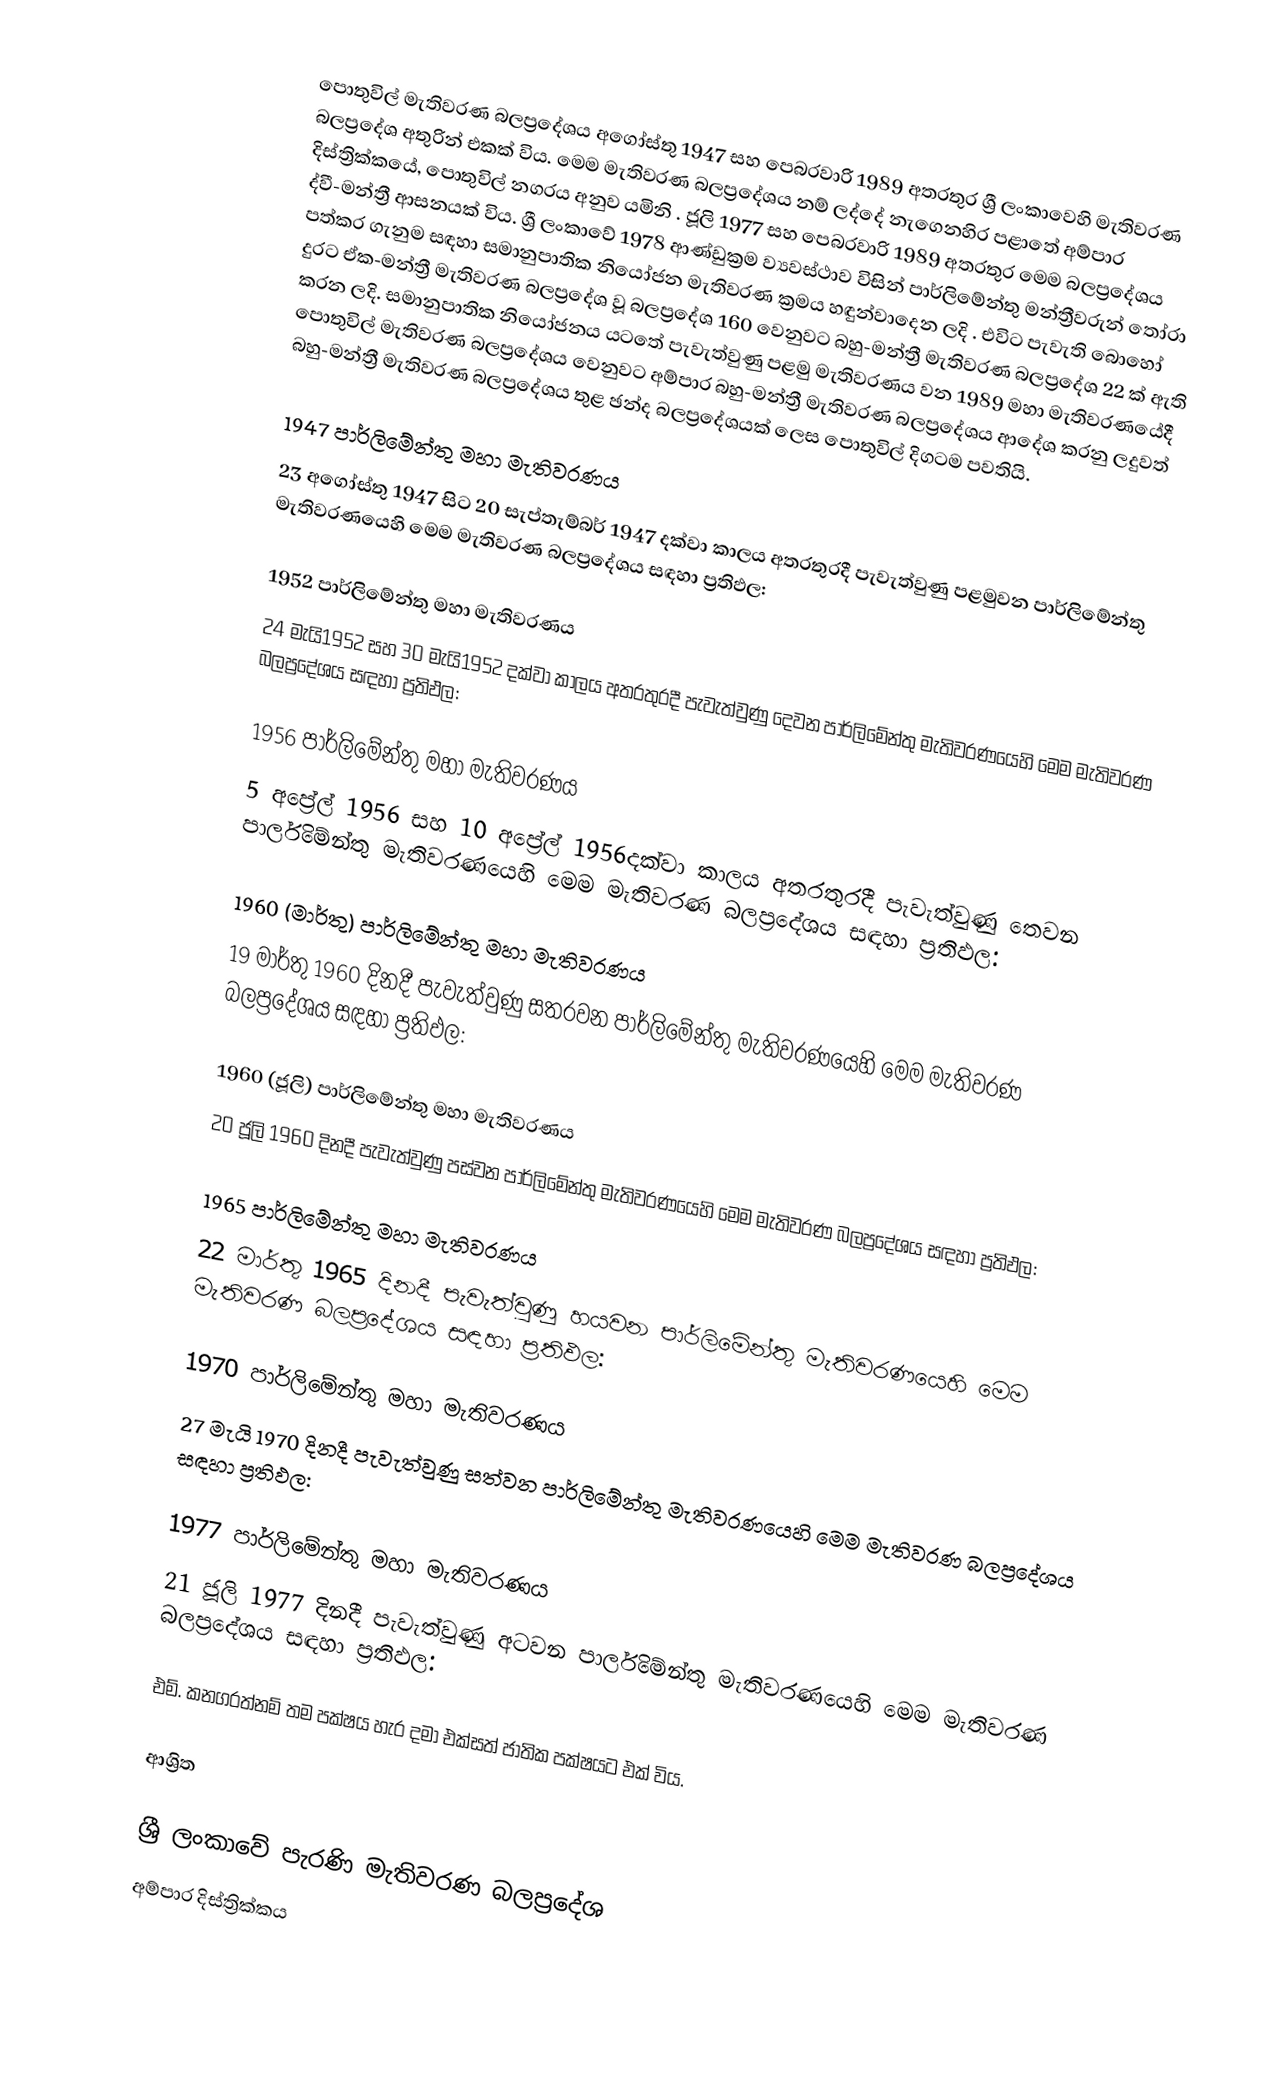
පොතුවිල් මැතිවරණ බලප්‍රදේශය  අගෝස්තු 1947 සහ පෙබරවාරි 1989 අතරතුර  ශ්‍රී ලංකාවෙහි  මැතිවරණ බලප්‍රදේශ අතුරින් එකක් විය. මෙම මැතිවරණ බලප්‍රදේශය නම් ලද්දේ  නැගෙනහිර පළාතේ  අම්පාර දිස්ත්‍රික්කයේ,  පොතුවිල් නගරය අනුව යමිනි . ජූලි 1977 සහ පෙබරවාරි 1989 අතරතුර මෙම බලප්‍රදේශය ද්වී-මන්ත්‍රී ආසනයක් විය. ශ්‍රී ලංකාවේ 1978 ආණ්ඩුක්‍රම ව්‍යවස්ථාව විසින්   පාර්ලිමේන්තු මන්ත්‍රීවරුන් තෝරා පත්කර ගැනුම සඳහා සමානුපාතික නියෝජන මැතිවරණ ක්‍රමය හඳුන්වාදෙන ලදි . එවිට පැවැති බොහෝ දුරට  ඒක-මන්ත්‍රී මැතිවරණ බලප්‍රදේශ වූ බලප්‍රදේශ 160 වෙනුවට බහු-මන්ත්‍රී මැතිවරණ බලප්‍රදේශ 22 ක් ඇති කරන ලදි. සමානුපාතික නියෝජනය යටතේ පැවැත්වුණු පළමු මැතිවරණය වන 1989 මහා මැතිවරණයේදී  පොතුවිල් මැතිවරණ බලප්‍රදේශය වෙනුවට  අම්පාර බහු-මන්ත්‍රී මැතිවරණ බලප්‍රදේශය  ආදේශ කරනු ලදුවත් බහු-මන්ත්‍රී මැතිවරණ බලප්‍රදේශය තුළ ඡන්ද බලප්‍රදේශයක් ලෙස පොතුවිල් දිගටම පවතියි.

1947 පාර්ලිමේන්තු මහා මැතිවරණය
23 අගෝස්තු 1947 සිට 20 සැප්තැම්බර් 1947 දක්වා කාලය අතරතුරදී පැවැත්වුණු  පළමුවන පාර්ලිමේන්තු මැතිවරණයෙහි මෙම මැතිවරණ බලප්‍රදේශය සඳහා ප්‍රතිඵල:

1952 පාර්ලිමේන්තු මහා මැතිවරණය
24 මැයි1952 සහ 30 මැයි1952 දක්වා කාලය අතරතුරදී පැවැත්වුණු  දෙවන පාර්ලිමේන්තු මැතිවරණයෙහි මෙම මැතිවරණ බලප්‍රදේශය සඳහා ප්‍රතිඵල:

1956 පාර්ලිමේන්තු මහා මැතිවරණය
5 අප්‍රේල් 1956 සහ 10 අප්‍රේල් 1956දක්වා කාලය අතරතුරදී පැවැත්වුණු  තෙවන පාර්ලිමේන්තු මැතිවරණයෙහි මෙම මැතිවරණ බලප්‍රදේශය සඳහා ප්‍රතිඵල:

1960 (මාර්තු) පාර්ලිමේන්තු මහා මැතිවරණය
19 මාර්තු 1960 දිනදී පැවැත්වුණු  සතරවන පාර්ලිමේන්තු මැතිවරණයෙහි මෙම මැතිවරණ බලප්‍රදේශය සඳහා ප්‍රතිඵල:

1960 (ජූලි) පාර්ලිමේන්තු මහා මැතිවරණය
20 ජූලි 1960 දිනදී පැවැත්වුණු  පස්වන පාර්ලිමේන්තු මැතිවරණයෙහි මෙම මැතිවරණ බලප්‍රදේශය සඳහා ප්‍රතිඵල:

1965 පාර්ලිමේන්තු මහා මැතිවරණය
22 මාර්තු 1965  දිනදී පැවැත්වුණු  හයවන පාර්ලිමේන්තු මැතිවරණයෙහි මෙම මැතිවරණ බලප්‍රදේශය සඳහා ප්‍රතිඵල:

1970 පාර්ලිමේන්තු මහා මැතිවරණය
27 මැයි 1970 දිනදී පැවැත්වුණු  සත්වන පාර්ලිමේන්තු මැතිවරණයෙහි මෙම මැතිවරණ බලප්‍රදේශය සඳහා ප්‍රතිඵල:

1977 පාර්ලිමේන්තු මහා මැතිවරණය
21 ජූලි 1977 දිනදී පැවැත්වුණු  අටවන පාර්ලිමේන්තු මැතිවරණයෙහි මෙම මැතිවරණ බලප්‍රදේශය සඳහා ප්‍රතිඵල:

එම්. කනගරත්නම්  තම පක්ෂය හැර දමා  එක්සත් ජාතික පක්ෂයට එක් විය.

ආශ්‍රිත

ශ්‍රී ලංකාවේ පැරණි මැතිවරණ බලප්‍රදේශ
අම්පාර දිස්ත්‍රික්කය